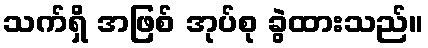
သက်ရှိ အဖြစ် အုပ်စု ခွဲထားသည်။